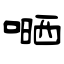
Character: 嗮